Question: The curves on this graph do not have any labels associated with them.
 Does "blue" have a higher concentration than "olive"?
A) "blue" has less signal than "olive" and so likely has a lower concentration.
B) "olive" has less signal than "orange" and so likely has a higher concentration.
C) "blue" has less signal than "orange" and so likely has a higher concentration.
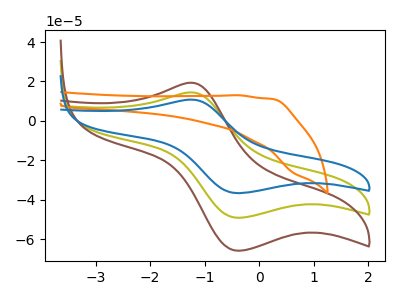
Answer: <think>The olive curve "olive" has an anodic peak at (-1.25V, 14.45uA) and a cathodic peak at (-0.35V, -49.20uA). The brown curve "brown" has an anodic peak at (-1.25V, 28.85uA) and a cathodic peak at (-0.35V, -98.45uA). The orange curve "orange" has no peaks. The blue curve "blue" has an anodic peak at (-1.25V, 10.75uA) and a cathodic peak at (-0.35V, -36.75uA).
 All the peaks in "blue" have a peak in "olive" at the same potential. Every peak in "blue" is lower than every peak in "olive".</think>
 <answer>A) "blue" has less signal than "olive" and so likely has a lower concentration.</answer>
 <eval>A</eval>